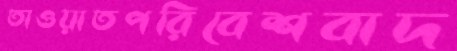
তাওয়াতপরিবেশবাদ